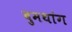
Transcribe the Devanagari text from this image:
बुमथांग